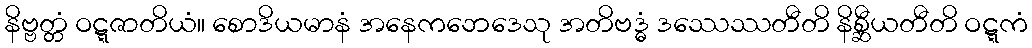
နိဗ္ဗတ္တံ ဝဋ္ဋဇာတိယံ။ စောဒိယမာနံ အနေကဘေဒေသု အတိဗဒ္ဓံ ဒဿေဿတီတိ နိစ္ဆီယတီတိ ဝဋ္ဋကံ